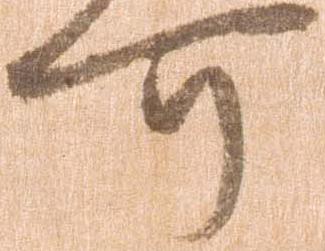
可